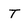
Character: T